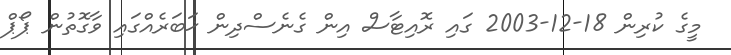
މީގެ ކުރިން 18-12-2003 ގައި ރޮއިޓާސް އިން ގެނެސްދިން ޚަބަރެއްގައި ވާގޮތުން ޕޯޕް